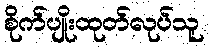
စိုက်ပျိုးထုတ်လုပ်သူ